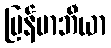
မြန်မာဘီယာ